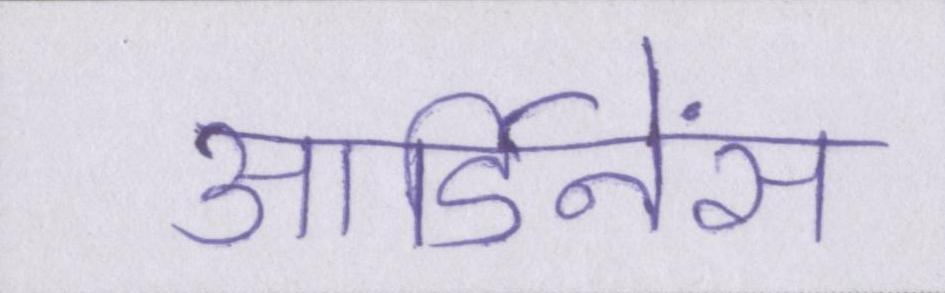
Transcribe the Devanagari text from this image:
आर्डिनेंस